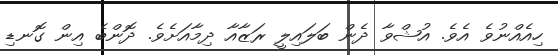
ހިއެއްނުވެ އެވެ. އުޝްވާ ދެން ބަލައިލީ ރަޒާއާ ދިމާއަށެވެ. ދޮންބެ އިން ގޮނޑި